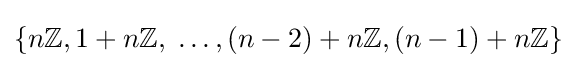
\left\{n\mathbb {Z} ,1+n\mathbb {Z} ,\;\ldots ,(n-2)+n\mathbb {Z} ,(n-1)+n\mathbb {Z} \right\}